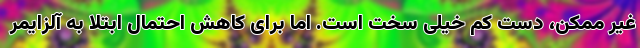
غیر ممکن، دست‌ کم خیلی سخت است. اما برای کاهش احتمال ابتلا به آلزایمر